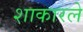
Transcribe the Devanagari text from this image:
शाकारले